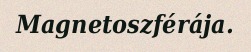
Magnetoszférája.